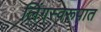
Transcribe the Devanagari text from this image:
लिंगस्वरूपात